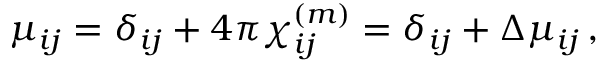
\mu _ { i j } = \delta _ { i j } + 4 \pi \chi _ { i j } ^ { ( m ) } = \delta _ { i j } + \Delta \mu _ { i j } \, ,